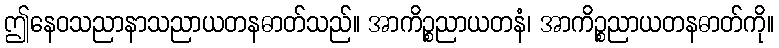
ဤနေဝသညာနာသညာယတနဓာတ်သည်။ အာကိဉ္စညာယတနံ၊ အာကိဉ္စညာယတနဓာတ်ကို။